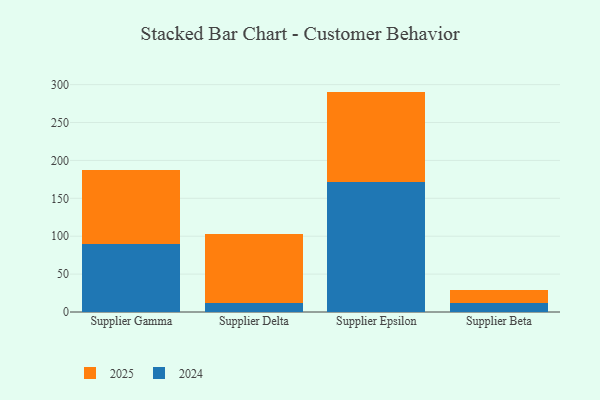
{"axis": {"x": "Supplier", "y": "Inventory Turnover"}, "legend": ["2024", "2025"], "data": [{"x": "Supplier Gamma", "y": 89.9, "type": "2024"}, {"x": "Supplier Gamma", "y": 98.1, "type": "2025"}, {"x": "Supplier Delta", "y": 12.3, "type": "2024"}, {"x": "Supplier Delta", "y": 90.1, "type": "2025"}, {"x": "Supplier Epsilon", "y": 170.9, "type": "2024"}, {"x": "Supplier Epsilon", "y": 119.9, "type": "2025"}, {"x": "Supplier Beta", "y": 12.4, "type": "2024"}, {"x": "Supplier Beta", "y": 16.0, "type": "2025"}]}